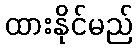
ထားနိုင်မည်